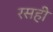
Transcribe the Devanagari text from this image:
रसही